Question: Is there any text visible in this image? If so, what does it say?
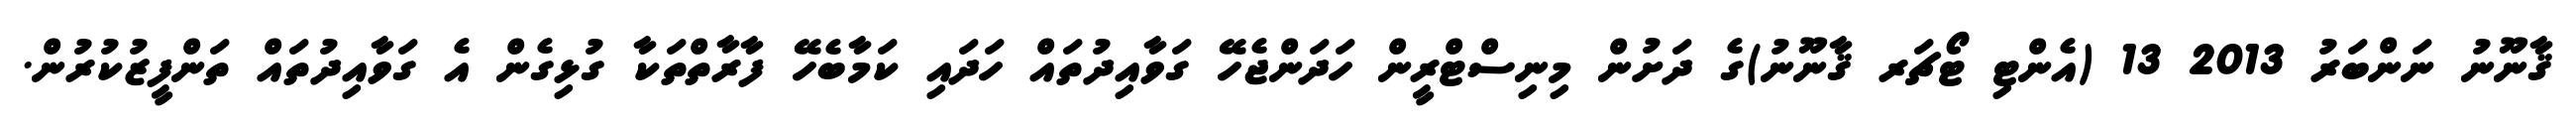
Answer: ޤާނޫނު ނަންބަރު 2013 13 (އެންޓި ޓޯޗަރ ޤާނޫނު)ގެ ދަށުން މިނިސްޓްރީން ހަދަންޖެހޭ ގަވާއިދުތައް ހަދައި ކަމާބެހޭ ފާރާތްތަކާ ގުޅިގެން އެ ގަވާއިދުތައް ތަންފީޒުކުރުން.